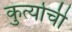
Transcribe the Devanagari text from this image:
कुर्त्याची